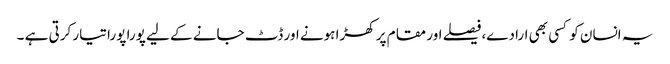
یہ انسان کو کسی بھی ارادے،فیصلے اور مقام پر کھڑا ہونے اور ڈٹ جانے کے لیے پورا پورا تیار کرتی ہے ۔